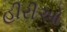
હીરીઓ